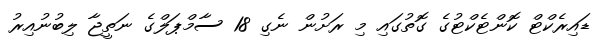
ޑައިރެކްޓް ކޮންޓެކްޓުގެ ގޮތުގައި މި ރަށުން ނެގި 18 ސާމްޕަލްގެ ނަތީޖާ ލިބުނުއިރު